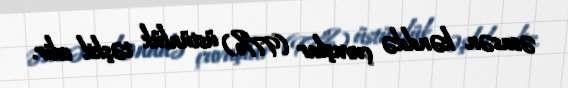
əsasən kənddə çuvaşlar (97%) üstünlük təşkil edir.